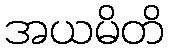
အယမိတိ